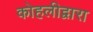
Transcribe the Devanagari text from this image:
कोहलीद्वारा